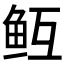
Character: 𱇓